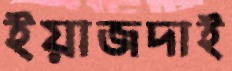
ইয়াজদাই